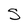
Character: S